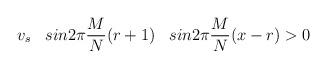
LaTeX: \begin{align*}v_s \;\;\; sin 2 \pi \frac{M}{N} (r+1) \;\; \;sin 2 \pi \frac{M}{N} (x -r)> 0\end{align*}